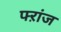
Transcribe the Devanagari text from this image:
फ्ऱांज